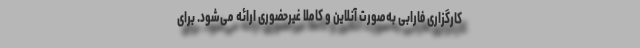
کارگزاری فارابی به‌صورت آنلاین و کاملا غیرحضوری ارائه می‌شود. برای